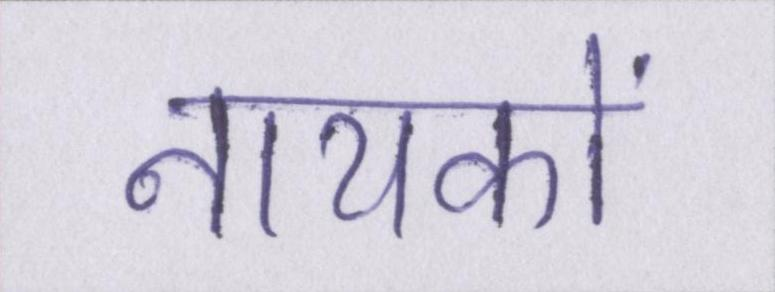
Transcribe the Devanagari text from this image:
नायकों